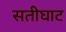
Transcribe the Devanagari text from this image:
सतीघाट